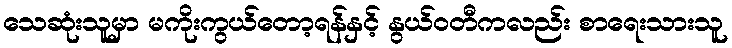
သေဆုံးသူမှာ မကိုးကွယ်တော့ရန်နှင့် နွယ်ဝတီကလည်း စာရေးသားသူ